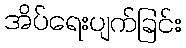
အိပ်ရေးပျက်ခြင်း